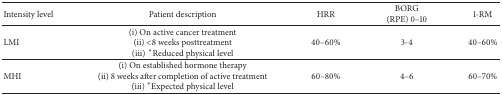
| Intensity level | Patient description | HRR | BORG (RPE) 0–10 | 1-RM |
 | --- | --- | --- | --- | --- |
 | LMI | (i) On active cancer treatment(ii) <8 weeks posttreatment(iii)∗Reduced physical level | 40–60% | 3-4 | 40–60% |
 | MHI | (i) On established hormone therapy(ii) 8 weeks after completion of active treatment(iii) ∗Expected physical level | 60–80% | 4–6 | 60–70% |